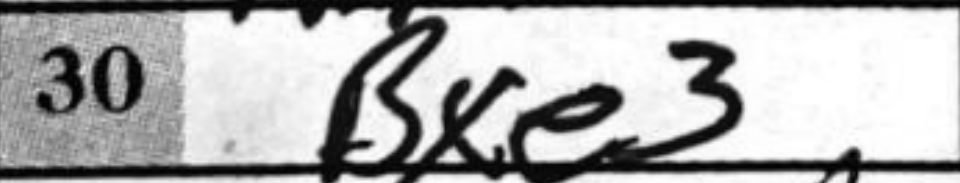
Transcription: Bxe3